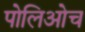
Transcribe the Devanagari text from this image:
पोलिओच